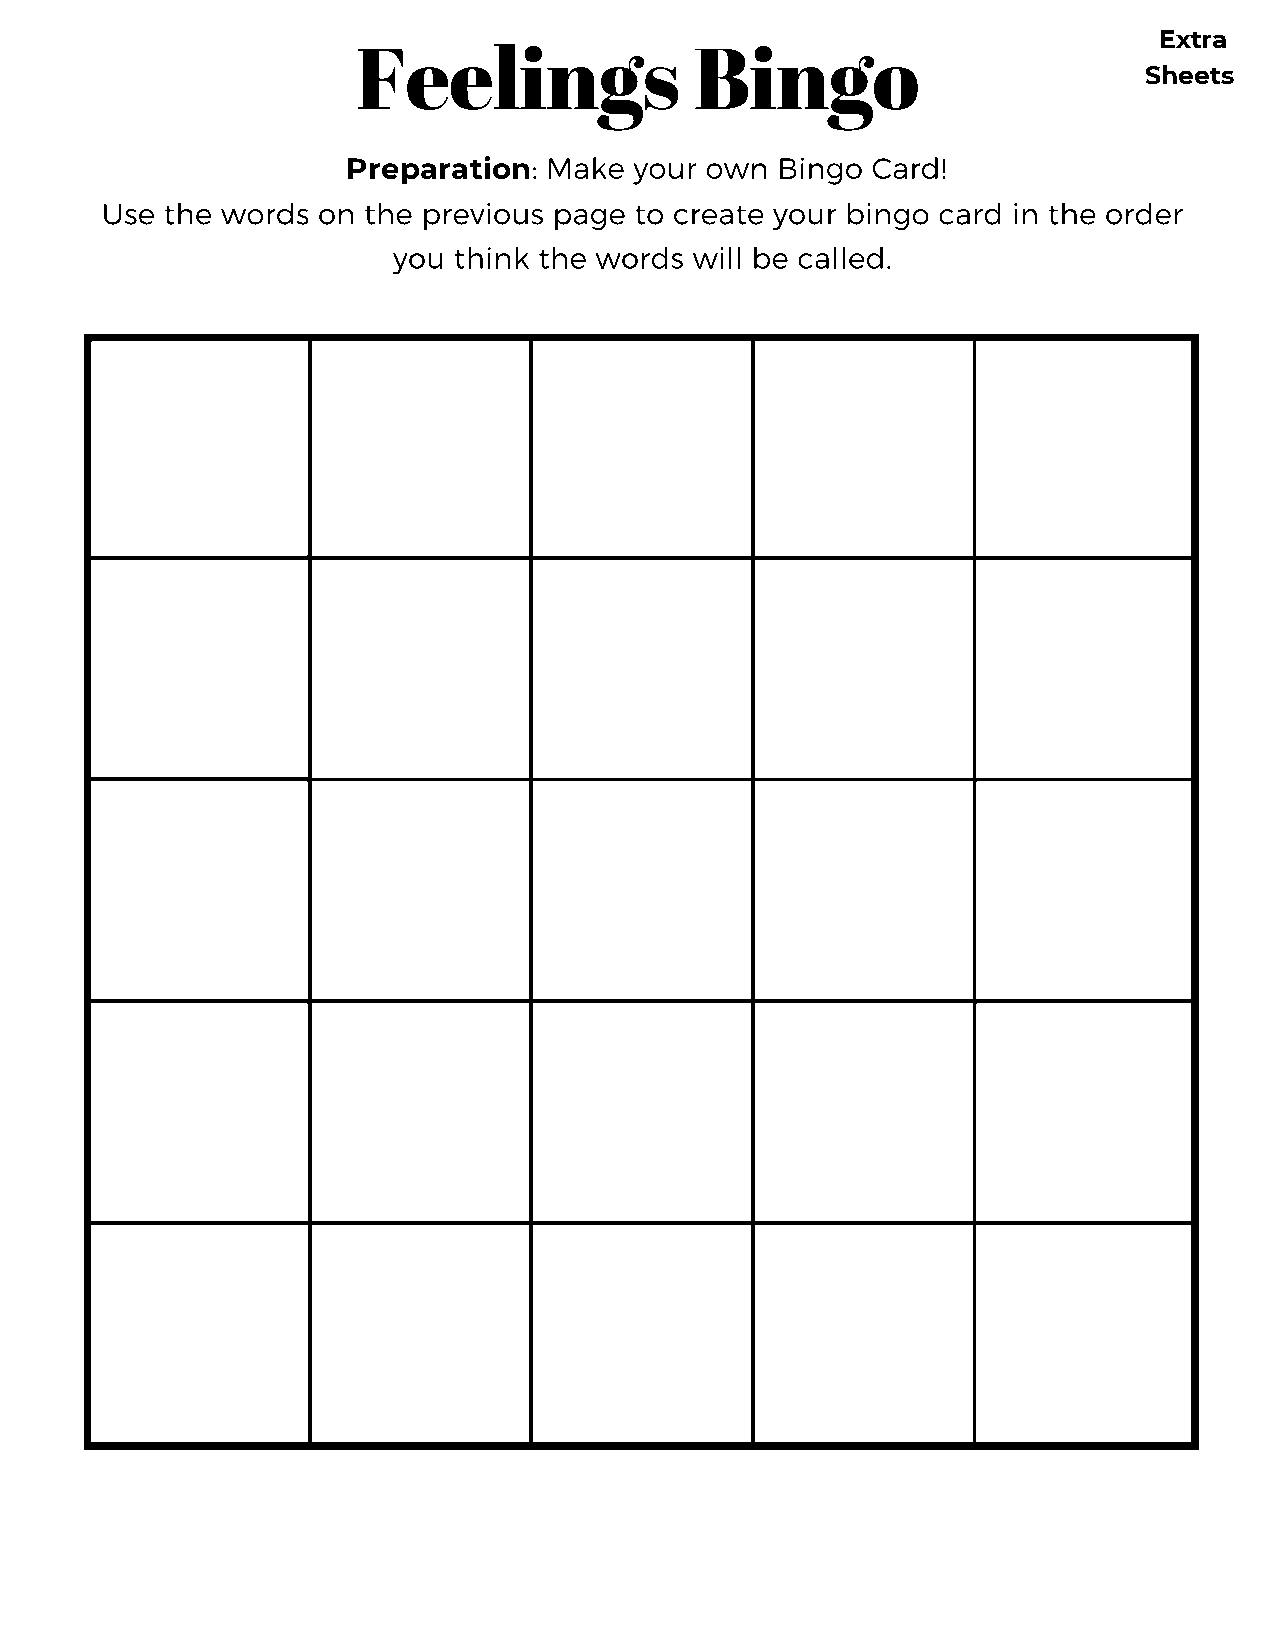
Extra
 Feelings              Bingo
 Sheets
 : Make your own Bingo  Card!
 Preparation
 Use the words on the previous page to create your bingo card in the order
 you think the words will be called.